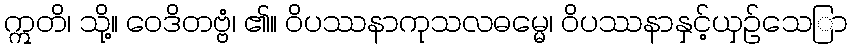
ဣတိ၊ သို့။ ဝေဒိတဗ္ဗံ၊ ၏။ ဝိပဿနာကုသလဓမ္မေ၊ ဝိပဿနာနှင့်ယှဉ်သေြာ